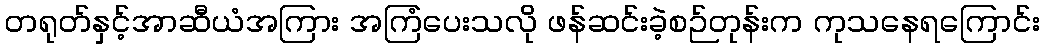
တရုတ်နှင့်အာဆီယံအကြား အကြံပေးသလို ဖန်ဆင်းခဲ့စဉ်တုန်းက ကုသနေရကြောင်း